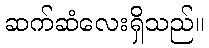
ဆက်ဆံလေးရှိသည်။